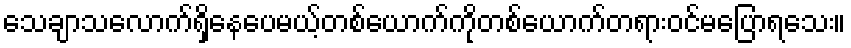
သေချာသလောက်ရှိနေပေမယ့်တစ်ယောက်ကိုတစ်ယောက်တရားဝင်မပြောရသေး။